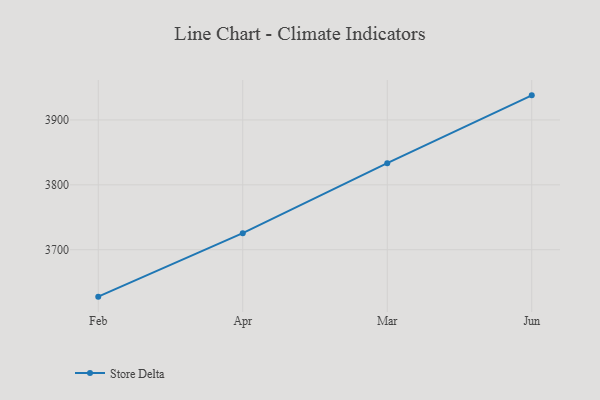
{"axis": {"x": "Month", "y": "Inventory Turnover"}, "legend": ["Store Delta"], "data": [{"x": "Feb", "y": 3627.7, "type": "Store Delta"}, {"x": "Apr", "y": 3725.5, "type": "Store Delta"}, {"x": "Mar", "y": 3833.4, "type": "Store Delta"}, {"x": "Jun", "y": 3937.9, "type": "Store Delta"}]}